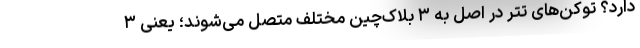
دارد؟ توکن‌های تتر در اصل به ۳ بلاک‌چین مختلف متصل می‌شوند؛ یعنی ۳